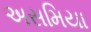
અસમિયા